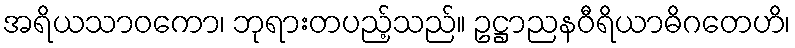
အရိယသာဝကော၊ ဘုရားတပည့်သည်။ ဥဋ္ဌာညနဝီရိယာဓိဂတေဟိ၊